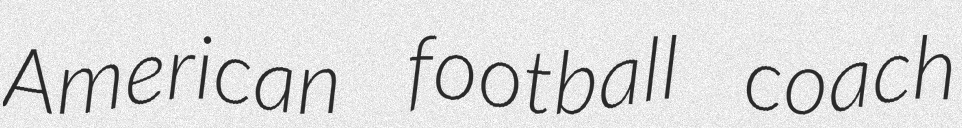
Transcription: American football coach